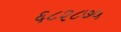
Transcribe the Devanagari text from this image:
६८२८७५